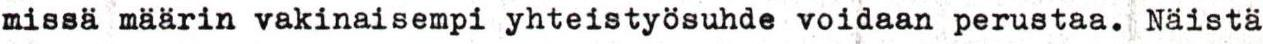
missä määrin vakinaisempi yhteistyösuhde voidaan perustaa. Näistä